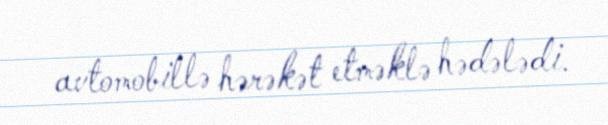
avtomobillə hərəkət etməklə hədələdi.